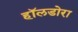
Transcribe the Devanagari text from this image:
हॉलडोरा